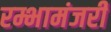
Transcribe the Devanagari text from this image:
रम्भामंजरी